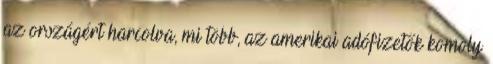
az országért harcolva, mi több, az amerikai adófizetők komoly